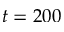
t = 2 0 0